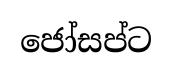
ජෝසප්ට